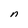
Character: n